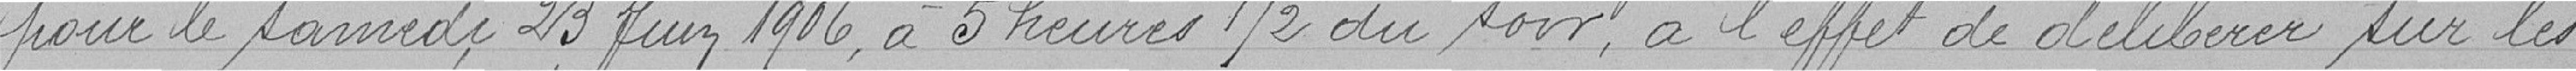
pour le samedi 23 Juin 1906, à 5 heures 1/2 du soir, à l'effet de délibérer sur les